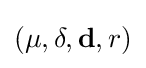
(\mu ,\mathbf {\delta } ,\mathbf {d} ,r)